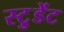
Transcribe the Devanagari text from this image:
स्टु़डेंट